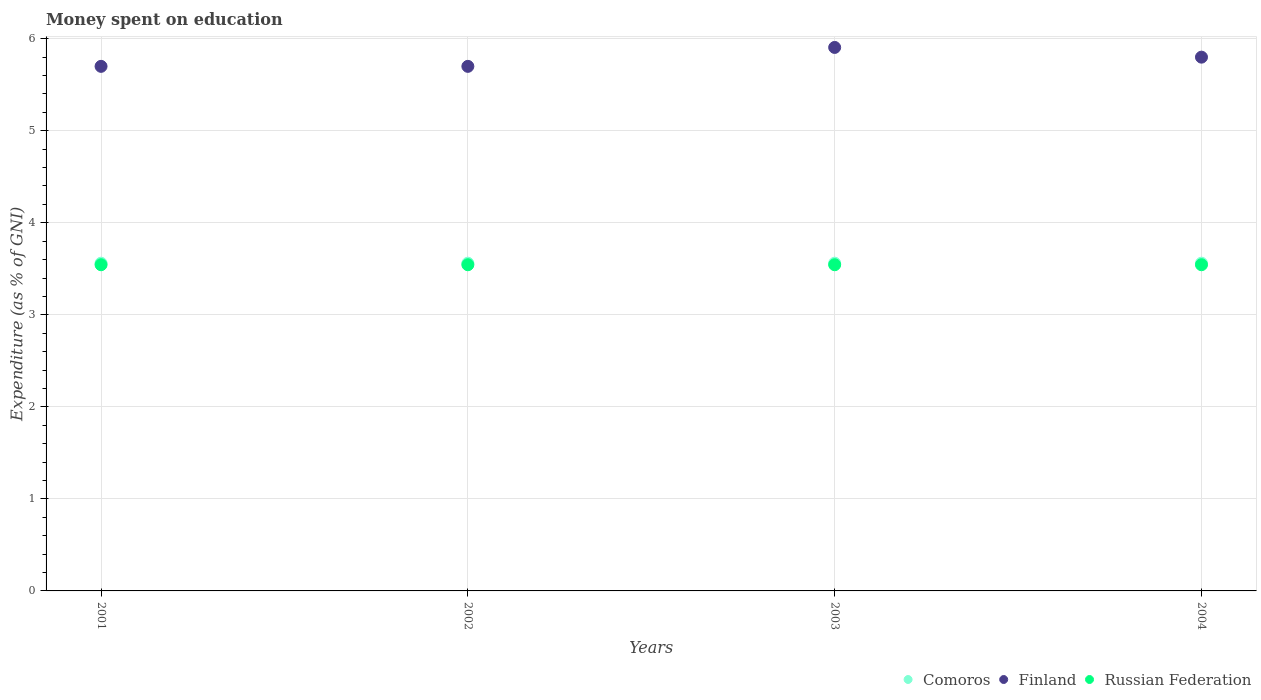
| Years | Comoros | Finland | Russian Federation |
 | --- | --- | --- | --- |
 | 2001 | 3.56 | 5.7 | 3.54 |
 | 2002 | 3.56 | 5.7 | 3.54 |
 | 2003 | 3.56 | 5.91 | 3.54 |
 | 2004 | 3.56 | 5.8 | 3.54 |